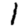
Digit: 1